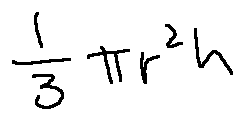
\frac { 1 } { 3 } \pi r ^ { 2 } h